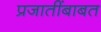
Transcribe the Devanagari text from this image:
प्रजातींबाबत